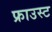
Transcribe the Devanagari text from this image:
फ्राउस्ट